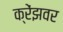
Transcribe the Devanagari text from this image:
क्रेंझवर